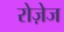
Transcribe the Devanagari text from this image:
रोज़ेज